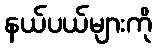
နယ်ပယ်များကို